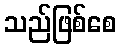
သည်ဖြစ်စေ